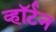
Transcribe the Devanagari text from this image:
व्हॉर्टन